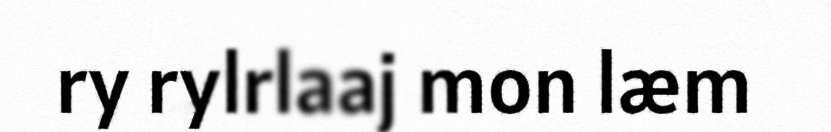
ry rylrlaaj mon læm